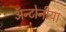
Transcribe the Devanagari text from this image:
ॲन्टोनीया